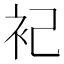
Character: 𬡆